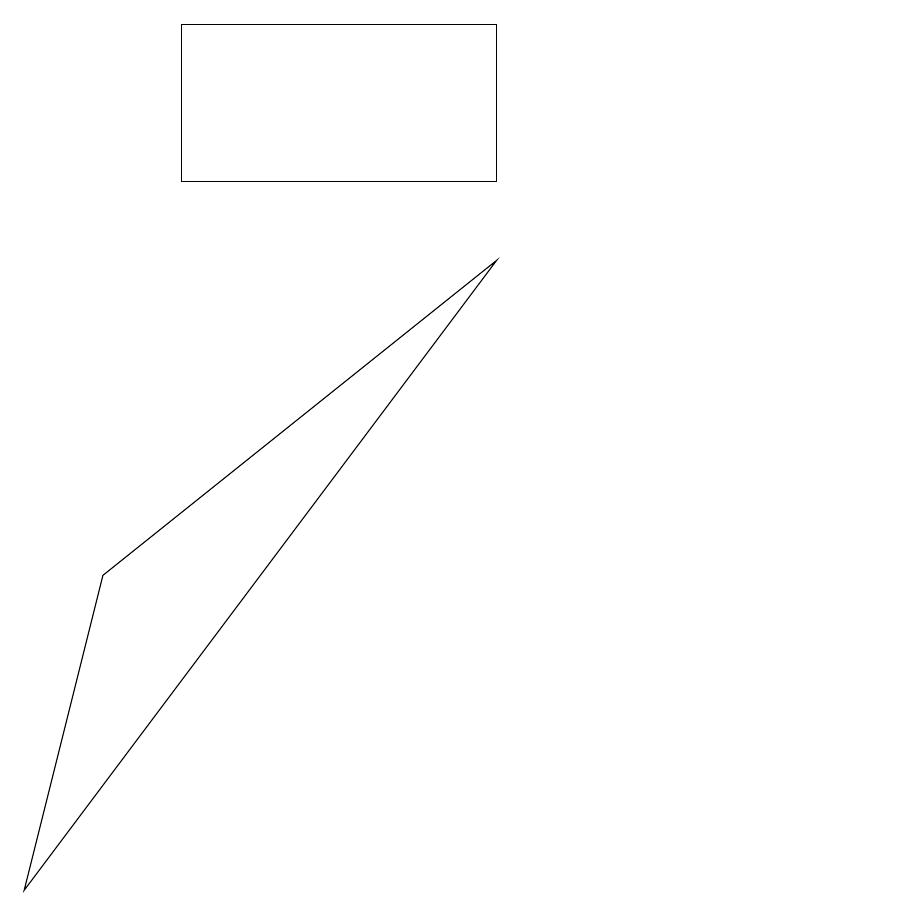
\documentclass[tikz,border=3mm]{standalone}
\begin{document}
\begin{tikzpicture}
\draw (11,10) circle (0);
\draw (6,9) -- (0,1) -- (1,5) -- cycle;
\draw (6,12) rectangle (2,10);
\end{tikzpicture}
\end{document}